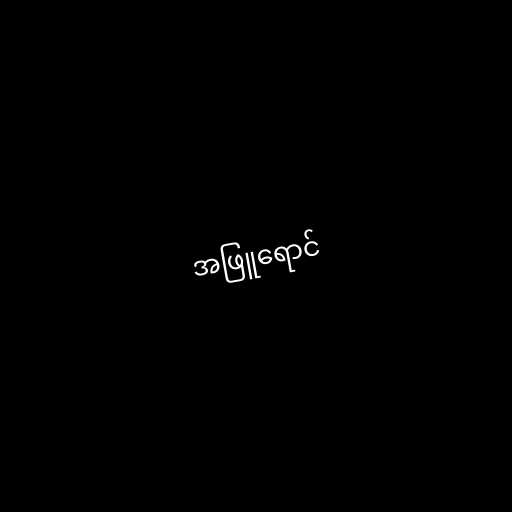
အဖြူရောင်